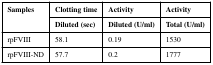
<table><thead><tr><td rowspan="2"><b>Samples</b></td><td><b>Clotting time</b></td><td><b>Activity</b></td><td><b>Activity</b></td></tr><tr><td><b>Diluted (sec)</b></td><td><b>Diluted (U/ml)</b></td><td><b>Total (U/ml)</b></td></tr></thead><tbody><tr><td>rpFVIII</td><td>58.1</td><td>0.19</td><td>1530</td></tr><tr><td>rpFVIII-ND</td><td>57.7</td><td>0.2</td><td>1777</td></tr></tbody></table>